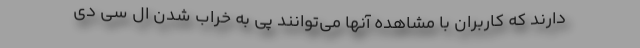
دارند که کاربران با مشاهده آنها می‌توانند پی به خراب شدن ال سی دی